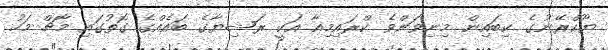
ޔޫކްރޭނުގެ ކިބައިން މިނިވަންވެ ކްރައިމިއާ އަކީ ރަޝިޔާގެ ބައެއްގެ ގޮތުގައި މާޗް މަހު